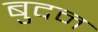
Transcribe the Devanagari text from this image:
बुदन